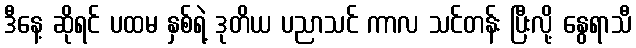
ဒီနေ့ ဆိုရင် ပထမ နှစ်ရဲ့ ဒုတိယ ပညာသင် ကာလ သင်တန်း ပြီးလို့ နွေရာသီ